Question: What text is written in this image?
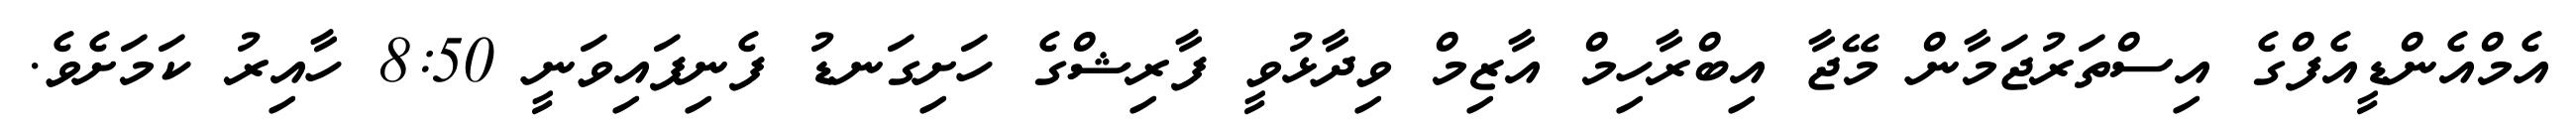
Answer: އެމްއެންޑީއެފްގެ އިސްތަރުޖަމާން މޭޖާ އިބްރާހިމް އާޒިމް ވިދާޅުވީ ފާރިޝްގެ ހަށިގަނޑު ފެނިފައިވަނީ 8:50 ހާއިރު ކަމަށެވެ.